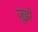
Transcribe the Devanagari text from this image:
जूझे